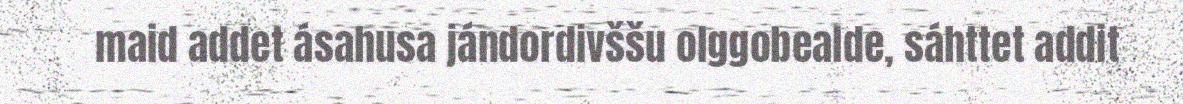
maid addet ásahusa jándordivššu olggobealde, sáhttet addit